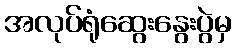
အလုပ်ရုံဆွေးနွေးပွဲမှ